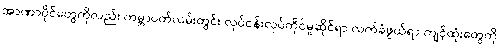
အာဏာပိုင်တွေကိုလည်း ကမ္ဘာပတ်လမ်းတွင်း လုပ်ငန်းလုပ်ကိုင်မှုဆိုင်ရာ လက်ခံဖွယ်ရာ ကျင့်ထုံးတွေကို